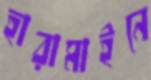
হারামাইনে